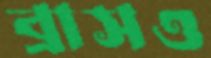
ব্রাসও